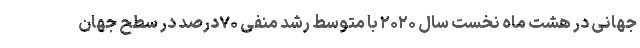
جهانی در هشت ماه نخست سال ۲۰۲۰ با متوسط رشد منفی ۷۰درصد در سطح جهان